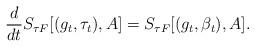
LaTeX: \begin{align*}\frac{d}{dt} S_{\tau F}[(g_t,\tau_t),A] = S_{\tau F}[(g_t, \beta_t),A].\end{align*}